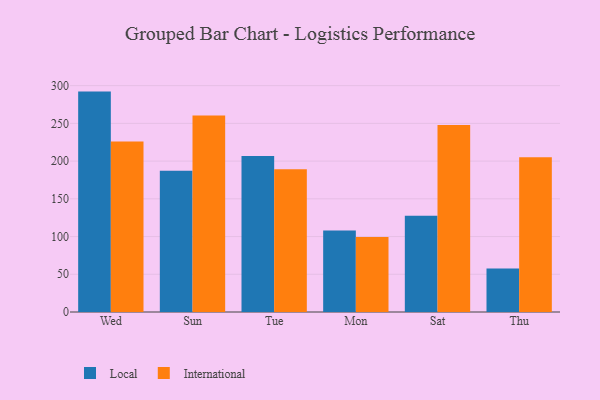
{"axis": {"x": "Day", "y": "Headcount"}, "legend": ["International", "Local"], "data": [{"x": "Wed", "y": 292.1, "type": "Local"}, {"x": "Wed", "y": 226.1, "type": "International"}, {"x": "Sun", "y": 187.2, "type": "Local"}, {"x": "Sun", "y": 260.5, "type": "International"}, {"x": "Tue", "y": 206.7, "type": "Local"}, {"x": "Tue", "y": 189.3, "type": "International"}, {"x": "Mon", "y": 107.9, "type": "Local"}, {"x": "Mon", "y": 99.3, "type": "International"}, {"x": "Sat", "y": 127.7, "type": "Local"}, {"x": "Sat", "y": 247.9, "type": "International"}, {"x": "Thu", "y": 57.6, "type": "Local"}, {"x": "Thu", "y": 205.2, "type": "International"}]}